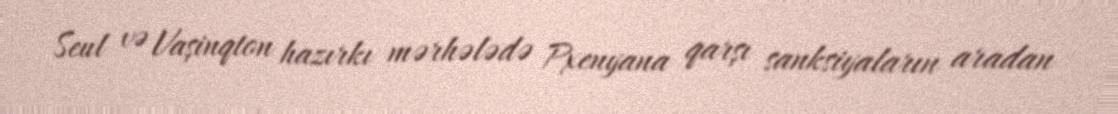
Seul və Vaşinqton hazırkı mərhələdə Pxenyana qarşı sanksiyaların aradan